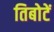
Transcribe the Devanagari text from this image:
तिबोटें